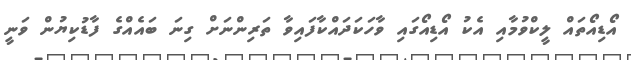
އޯޑިއޯތައް ލީކްވުމާއި އެކު އޯޑިއޯގައި ވާހަކަދައްކާފައިވާ ތަރިންނަށް ގިނަ ބައެއްގެ ފާޑުކިޔުން ވަނީ